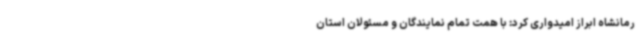
رمانشاه ابراز امیدواری کرد: با همت تمام نمایندگان و مسئولان استان